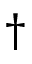
\dag